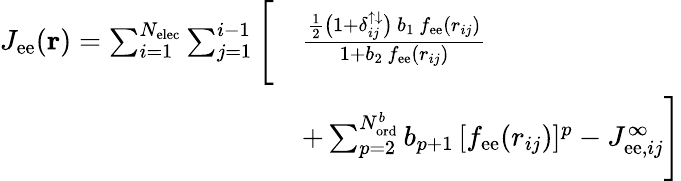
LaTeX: \begin{array}{rl}{J_{\mathrm{ee}}(\mathbf{r})=\sum_{i=1}^{N_{\mathrm{elec}}}\sum_{j=1}^{i-1}\Bigg[}&{\frac{\frac{1}{2}\big(1+\delta_{ij}^{\uparrow\downarrow}\big)\, b_{1}\, f_{\mathrm{ee}}(r_{ij})}{1+b_{2}\, f_{\mathrm{ee}}(r_{ij})}}\\ &{+\sum_{p=2}^{N_{\mathrm{ord}}^{b}}b_{p+1}\, [f_{\mathrm{ee}}(r_{ij})]^{p}-J_{\mathrm{ee},ij}^{\infty}\Bigg]}\end{array}